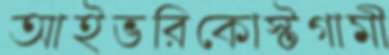
আইভরিকোস্টগামী